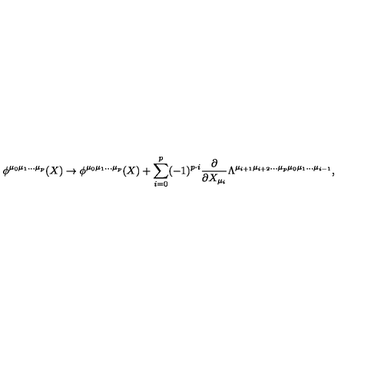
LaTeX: \phi ^ { \mu _ { 0 } \mu _ { 1 } \ldots \mu _ { p } } ( X ) \rightarrow \phi ^ { \mu _ { 0 } \mu _ { 1 } \ldots \mu _ { p } } ( X ) + \sum _ { i = 0 } ^ { p } ( - 1 ) ^ { p \cdot i } \frac { \partial } { \partial X _ { \mu _ { i } } } \Lambda ^ { \mu _ { i + 1 } \mu _ { i + 2 } \ldots \mu _ { p } \mu _ { 0 } \mu _ { 1 } \ldots \mu _ { i - 1 } } ,